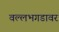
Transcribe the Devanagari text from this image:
वल्लभगडावर